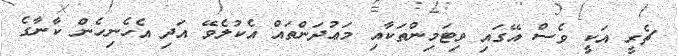
ޗެރީ އަކީ ވެސް އޭގައި ވިޓަމިންތަކާއި މަޢުދަންތައް އެކުލެވޭ އަދި އެހެނިހެން ކާނާގެ